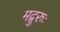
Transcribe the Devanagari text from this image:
मद्गुरुः